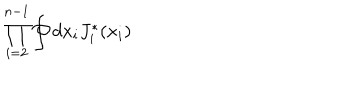
\prod _ { i = 2 } ^ { n - 1 } \oint d x _ { i } J _ { i } ^ { * } ( x _ { i } )